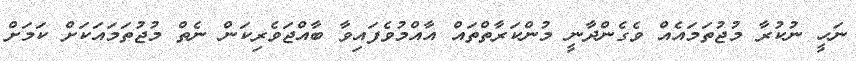
ނަހީ ނުކުރާ މުޖުތަމައެއް ވެގެންދާނީ މުންކަރާތްތައް އާއްމުވެފައިވާ ބާއްޖަވެރިކަން ނެތް މުޖުތަމައަކަށް ކަމަށް